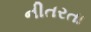
નીતરતા